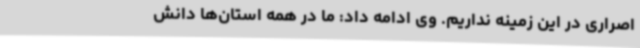
اصراری در این زمینه نداریم. وی ادامه داد: ما در همه استان‌ها دانش